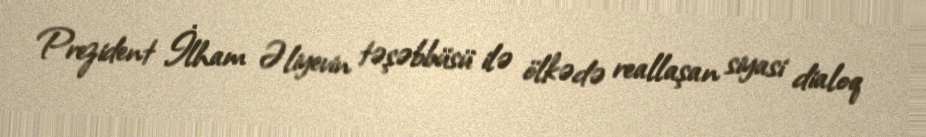
Prezident İlham Əliyevin təşəbbüsü ilə ölkədə reallaşan siyasi dialoq